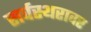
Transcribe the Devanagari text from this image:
सर्वस्थरावर